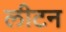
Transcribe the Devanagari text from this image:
लीटन